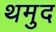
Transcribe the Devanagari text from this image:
थमुद